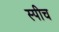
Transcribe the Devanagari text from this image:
स्‍पीच